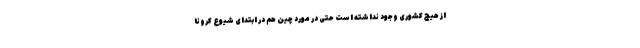
از هیچ کشوری وجود نداشته است حتی در مورد چین هم در ابتدای شیوع کرونا